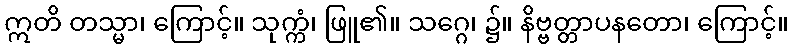
ဣတိ တသ္မာ၊ ကြောင့်။ သုက္ကံ၊ ဖြူ၏။ သဂ္ဂေ၊ ၌။ နိဗ္ဗတ္တာပနတော၊ ကြောင့်။